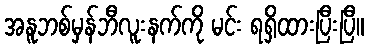
အနူဘစ်မှန်ဘီလူးနက်ကို မင်း ရရှိထားပြီးပြီ။